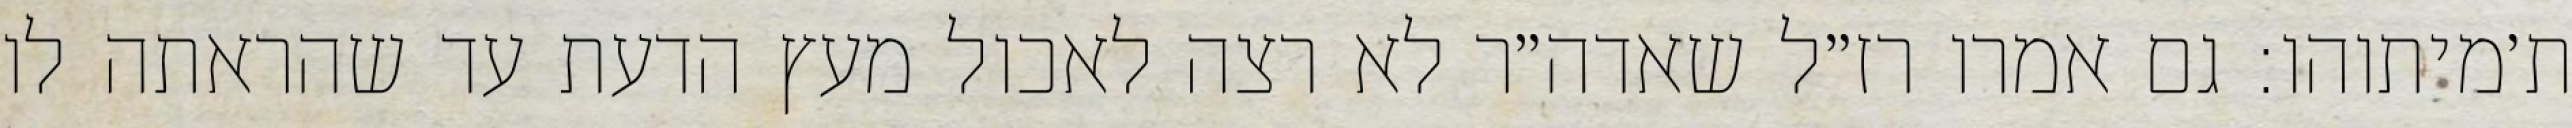
ת׳מיתוהו: גם אמרו רז״ל שאדה״ר לא רצה לאכול מעץ הדעת עד שהראתה לו